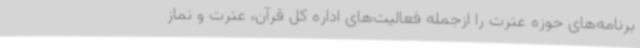
برنامه‌های حوزه عترت را ازجمله فعالیت‌های اداره کل قرآن، عترت و نماز